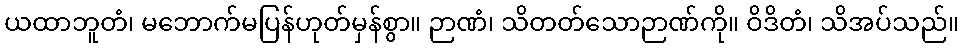
ယထာဘူတံ၊ မဘောက်မပြန်ဟုတ်မှန်စွာ။ ဉာဏံ၊ သိတတ်သောဉာဏ်ကို။ ဝိဒိတံ၊ သိအပ်သည်။